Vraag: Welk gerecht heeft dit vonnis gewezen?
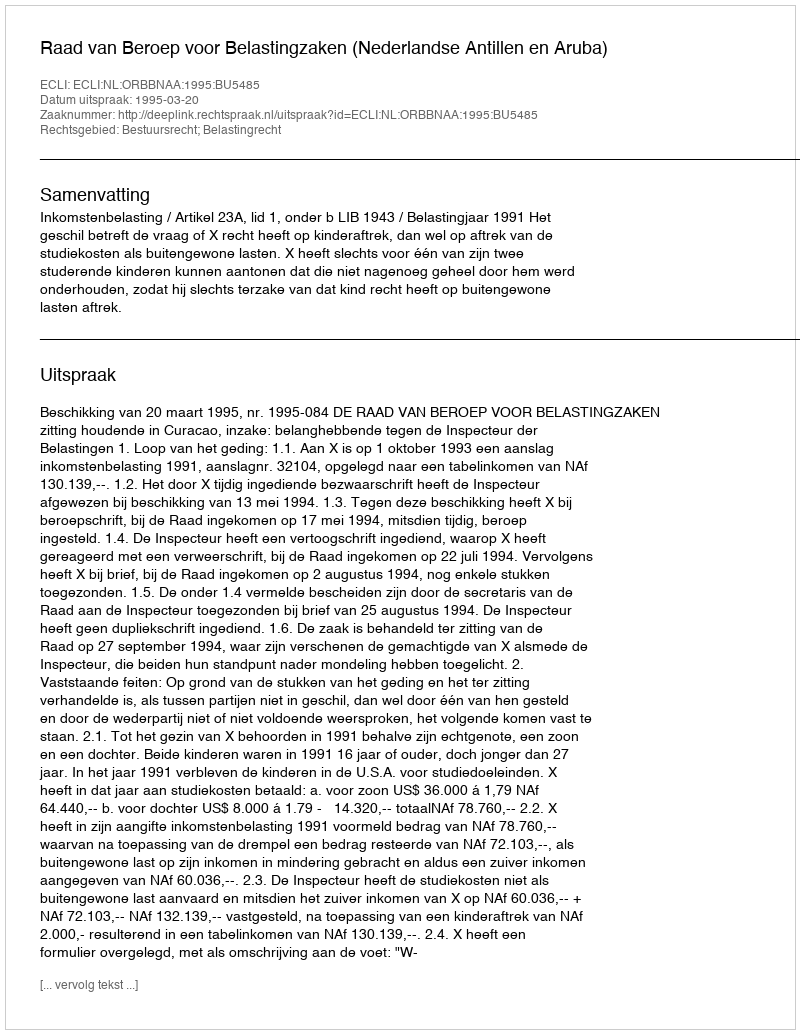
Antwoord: Raad van Beroep voor Belastingzaken (Nederlandse Antillen en Aruba)